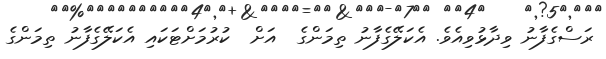
ރަސްގެފާނު ވިދާޅުވިއެވެ. އެކަލޭގެފާނު ތިމަންގެ  އަށް  ކުރުމަށްޓަކައި އެކަލޭގެފާނު ތިމަންގެ